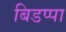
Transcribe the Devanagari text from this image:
बिडप्पा